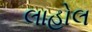
લાહોલ